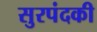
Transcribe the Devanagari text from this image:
सुरपंदकी